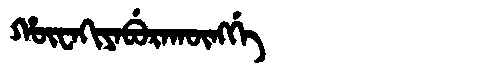
Manchu: ᡥᡡᠸᠠᡴᡳᠶᠠᠪᡠᡵᠠᡴᡡᠩᡤᡝ
Romanization: HŪWAKIYABURAKŪNGGE